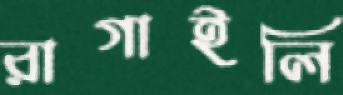
রাগাইলি